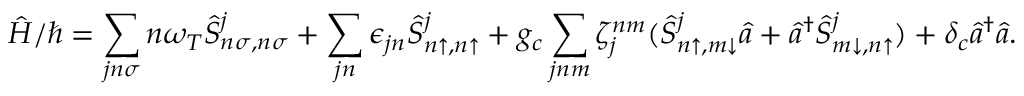
\hat { H } / \hbar = \sum _ { j n \sigma } n \omega _ { T } \hat { S } _ { n \sigma , n \sigma } ^ { j } + \sum _ { j n } \epsilon _ { j n } \hat { S } _ { n \uparrow , n \uparrow } ^ { j } + g _ { c } \sum _ { j n m } \zeta _ { j } ^ { n m } ( \hat { S } _ { n \uparrow , m \downarrow } ^ { j } \hat { a } + \hat { a } ^ { \dag } \hat { S } _ { m \downarrow , n \uparrow } ^ { j } ) + \delta _ { c } \hat { a } ^ { \dag } \hat { a } .